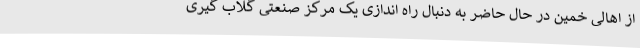
از اهالی خمین در حال حاضر به دنبال راه اندازی یک مرکز صنعتی گلاب گیری